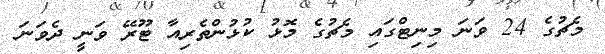
މެޗުގެ 24 ވަނަ މިނިޓްގައި މެޗުގެ މޮޅު ކުޅުންތެރިއާ ޓޫރޭ ވަނީ ދެވަނަ